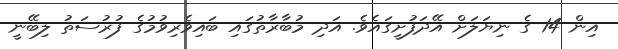
އިން 14 ގެ ނިޔަލަށް އޭދަފުށީގައެވެ. އަދި މުބާރާތުގައި ބައިވެރިވުމުގެ ފުރުސަތު ލިބޭނީ